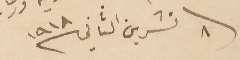
٨ تشرين الثاني سنة ١٩١٨